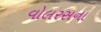
વોલરસના